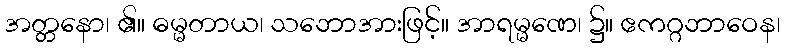
အတ္တနော၊ ၏။ ဓမ္မတာယ၊ သဘောအားဖြင့်။ အာရမ္မဏေ၊ ၌။ ဧကဂ္ဂဘာဝေန၊